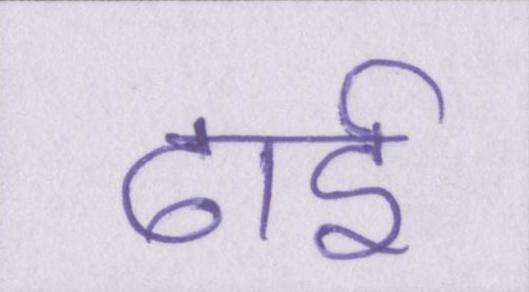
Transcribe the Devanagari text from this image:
ढाई